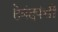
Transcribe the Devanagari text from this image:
हेमंदपंथी